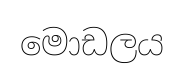
මොඩලය